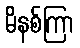
မိနစ်ကြာ